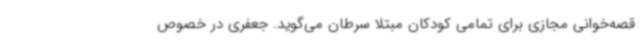
قصه‌خوانی مجازی برای تمامی کودکان مبتلا سرطان می‌گوید. جعفری در خصوص